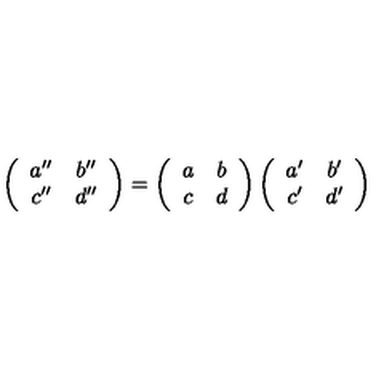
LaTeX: \left( \begin{array} { c c } { a ^ { \prime \prime } } & { b ^ { \prime \prime } } \\ { c ^ { \prime \prime } } & { d ^ { \prime \prime } } \\ \end{array} \right) = \left( \begin{array} { c c } { a } & { b } \\ { c } & { d } \\ \end{array} \right) \left( \begin{array} { c c } { a ^ { \prime } } & { b ^ { \prime } } \\ { c ^ { \prime } } & { d ^ { \prime } } \\ \end{array} \right)